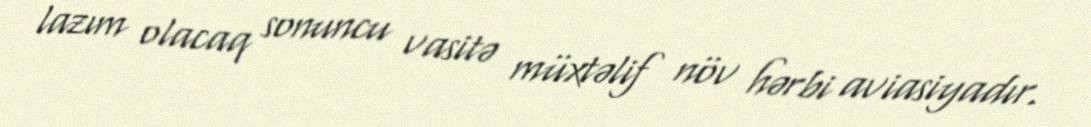
lazım olacaq sonuncu vasitə müxtəlif növ hərbi aviasiyadır.